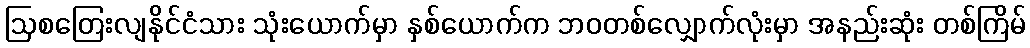
ဩစတြေးလျနိုင်ငံသား သုံးယောက်မှာ နှစ်ယောက်က ဘဝတစ်လျှောက်လုံးမှာ အနည်းဆုံး တစ်ကြိမ်